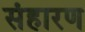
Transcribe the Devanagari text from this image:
संहारण